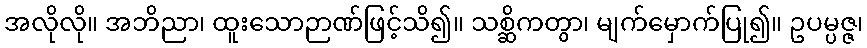
အလိုလို။ အဘိညာ၊ ထူးသောဉာဏ်ဖြင့်သိ၍။ သစ္ဆိကတွာ၊ မျက်မှောက်ပြု၍။ ဥပမ္ပဇ္ဇ၊